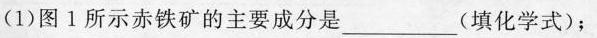
(1)图1所示赤铁矿的主要成分是___(填化学式)；